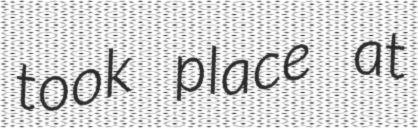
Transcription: took place at